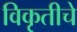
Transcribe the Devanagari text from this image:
विकृतीचे